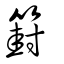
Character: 篈